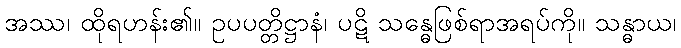
အဿ၊ ထိုရဟန်း၏။ ဥပပတ္တိဋ္ဌာနံ၊ ပဋိ သန္ဓေဖြစ်ရာအရပ်ကို။ သန္ဓာယ၊